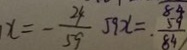
x = - \frac { 2 4 } { 5 9 } 5 9 x = \frac { 5 9 } { 8 4 }